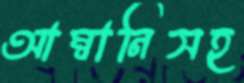
আম্বানিসহ